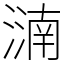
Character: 㵜